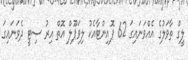
ލީގް ތާވަލުގެ އެއްވަނައިގަ 62 ޕޮއިންޓާއެކު ލިވަޕޫލް އޮތް އިރު ސިޓީ ދެވަނައިގަ